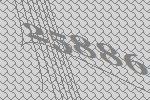
25886